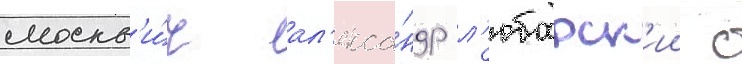
москв'и́ч ал'екса́ндр л'юбарск'ии с